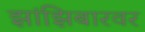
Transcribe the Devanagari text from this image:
झांझिबारवर